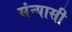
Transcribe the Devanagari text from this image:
संन्‍यासी